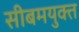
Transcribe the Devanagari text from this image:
सीबमयुक्त